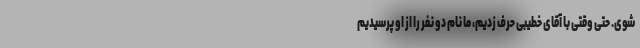
شوی. حتی وقتی با آقای خطیبی حرف زدیم، ما نام دو نفر را از او پرسیدیم